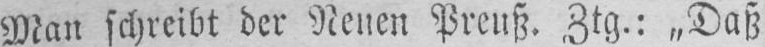
Man schreibt der Neuen Preuß. Ztg.: „Daß